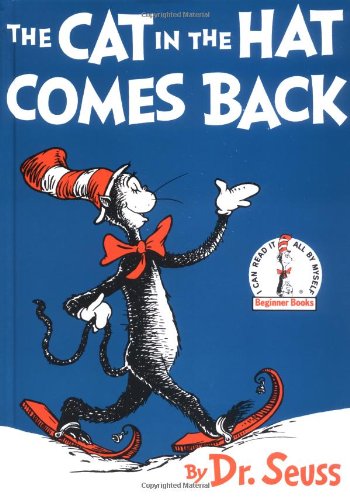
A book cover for The Cat in the Hat Comes Back; Dr. Seuss; Children's Books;